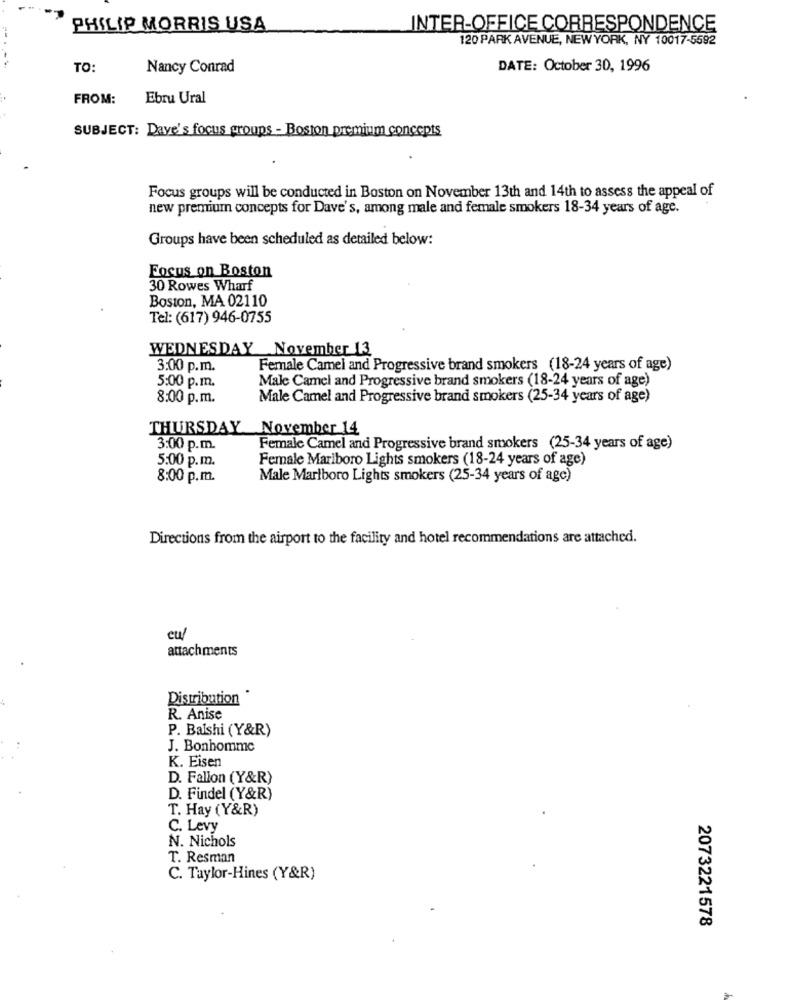
PHILIP MORRIS USA
INTER-OFFICE CORRESPONDENCE
120 PARK AVENUE, NEW YORK, NY 10017-5592
TO:
Nancy Conrad
DATE: October 30, 1996
FROM:
Ebru Ural
SUBJECT: Dave's focus groups - Boston premium concepts
Focus groups will be conducted in Boston on November 13th and 14th to assess the appeal of
new premium concepts for Dave's, among male and female smokers 18-34 years of age.
Groups have been scheduled as detailed below:
Focus on Boston
30 Rowes Wharf
Boston, MA 02110
Tel: (617) 946-0755
WEDNESDAY November 13
3:00 p.m.
Female Camel and Progressive brand smokers (18-24 years of age)
Male Camel and Progressive brand smokers (18-24 years of age)
5:00 p.m.
8:00 p.m.
Male Camel and Progressive brand smokers (25-34 years of age)
THURSDAY November 14
3:00 p.m.
Female Camel and Progressive brand smokers (25-34 years of age)
5:00 p.m.
Female Marlboro Lights smokers (18-24 years of age)
8:00 p.m.
Male Marlboro Lights smokers (25-34 years of age)
Directions from the airport to the facility and hotel recommendations are attached.
cu/
attachments
Distribution
R. Anise
P. Baishi (Y&R)
J. Bonhomme
K. Eisen
D. Fallon (Y&R)
D. Findel (Y&R)
T. Hay (Y&R)
C. Levy
N. Nichols
T. Resman
C. Taylor-Hines (Y&R)
2073221578